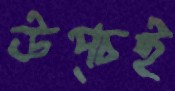
উপ্‌চই